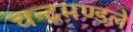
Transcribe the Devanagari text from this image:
चन्द्रमण्डले